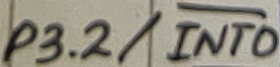
Text: P3.2/INT0